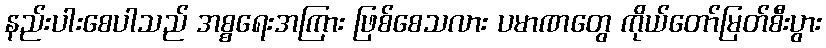
နည်းပါးစေပါသည် အစ္စရေးအကြား ဖြစ်စေသလား ပမာဏတွေ ကိုယ်တော်မြတ်စီးပွား